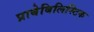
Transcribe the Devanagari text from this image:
प्राबेबिलिस्टिक